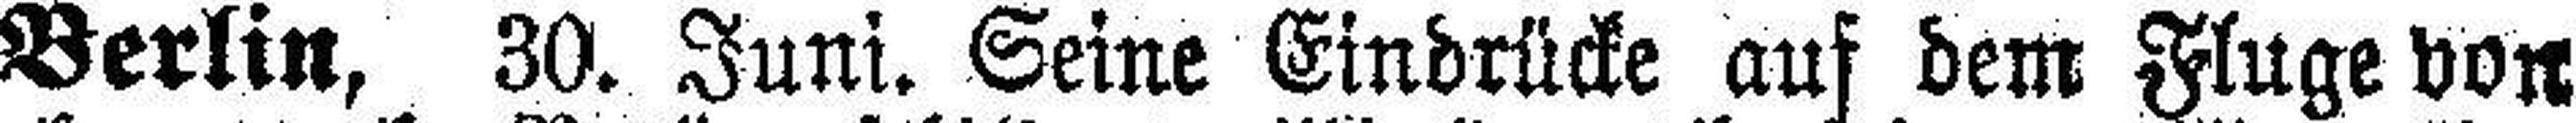
Berlin, 30. Juni. Seine Eindrücke auf dem Fluge von